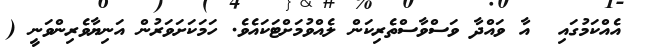
އެއްކަމުގައި  އާ ވައްދާ ވަސްވާސްތެރިކަން ލެއްވުމަށްޓަކައެވެ. ހަމަކަށަވަރުން އަނިޔާވެރިންވަނީ (